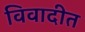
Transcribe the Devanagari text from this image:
विवादीत